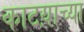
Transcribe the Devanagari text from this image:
काटय़ाच्या